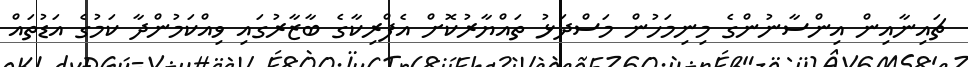
ޗައިނާއިން އިންސާނުންގެ މިނިމަހުން މަސްދަޅު ތައްޔާރުކޮށް އެފްރިކާގެ ބާޒާރުގައި ވިއްކަމުންދާ ކަމުގެ އަޑުތައް